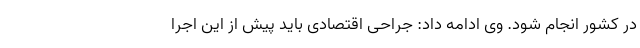
در کشور انجام شود. وی ادامه داد: جراحی اقتصادی باید پیش از این اجرا